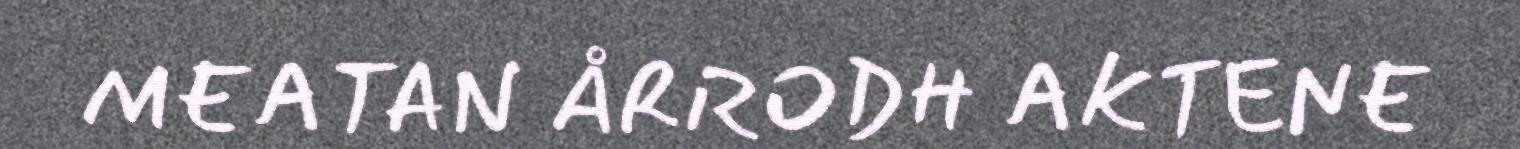
MEATAN ÅRRODH AKTENE